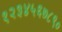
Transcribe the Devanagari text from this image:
१२३४५६७८९०